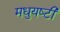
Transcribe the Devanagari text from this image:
मधुयष्‍टी